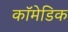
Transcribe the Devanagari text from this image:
कॉमेडिक